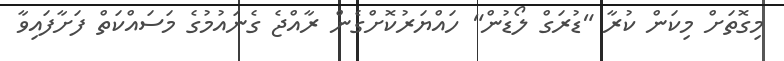
މިގޮތަށް މިކަން ކުރާ "ޑުރަގް ލޯޑުން" ހައްޔަރުކޮށްގެން ރާއްޖެ ގެނައުމުގެ މަސައްކަތް ފަށާފައިވާ